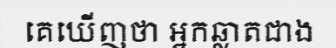
គេឃើញថា អ្នកឆ្លាតជាង